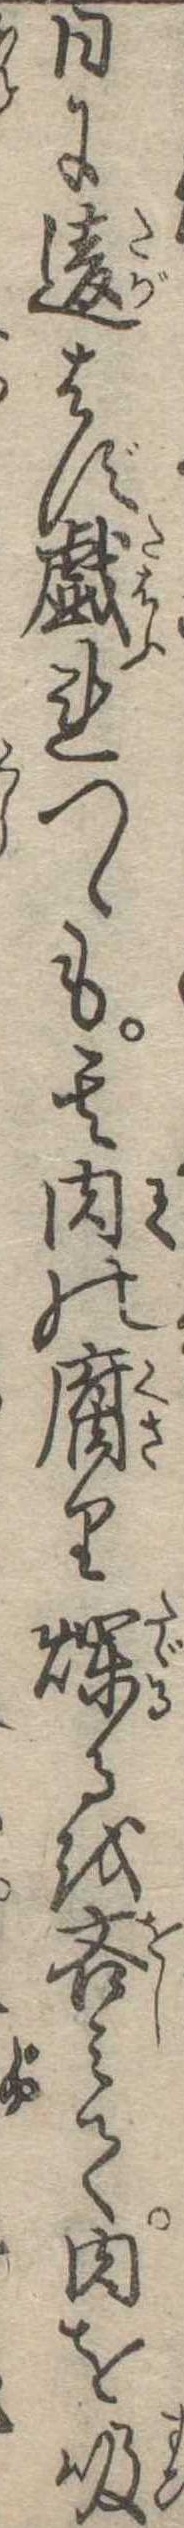
日に違はず戯れつゝも其肉の腐り爛るを吝みて肉を吸